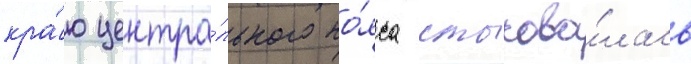
кра́ю центра́льного по́яса стыкова́лась